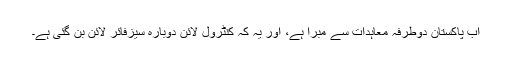
اب پاکستان دوطرفہ معاہدات سے مبرا ہے، اور یہ کہ کنٹرول لائن دوبارہ سیزفائر لائن بن گئی ہے۔